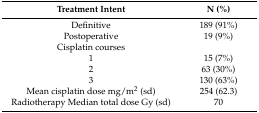
<table><thead><tr><td><b>Treatment Intent</b></td><td><b>N (%)</b></td></tr></thead><tbody><tr><td>Definitive</td><td>189 (91%)</td></tr><tr><td>Postoperative</td><td>19 (9%)</td></tr><tr><td>Cisplatin courses</td><td></td></tr><tr><td>1</td><td>15 (7%)</td></tr><tr><td>2</td><td>63 (30%)</td></tr><tr><td>3</td><td>130 (63%)</td></tr><tr><td>Mean cisplatin dose mg/m<sup>2</sup> (sd)</td><td>254 (62.3)</td></tr><tr><td>Radiotherapy Median total dose Gy (sd)</td><td>70</td></tr></tbody></table>